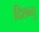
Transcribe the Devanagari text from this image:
दिशन्तु